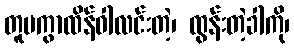
တူမကွာထိန်ဝါလင်းတဲ့၊ ထွန်းတဲ့ခါကို၊